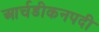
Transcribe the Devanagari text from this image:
आर्चडीकनपदी